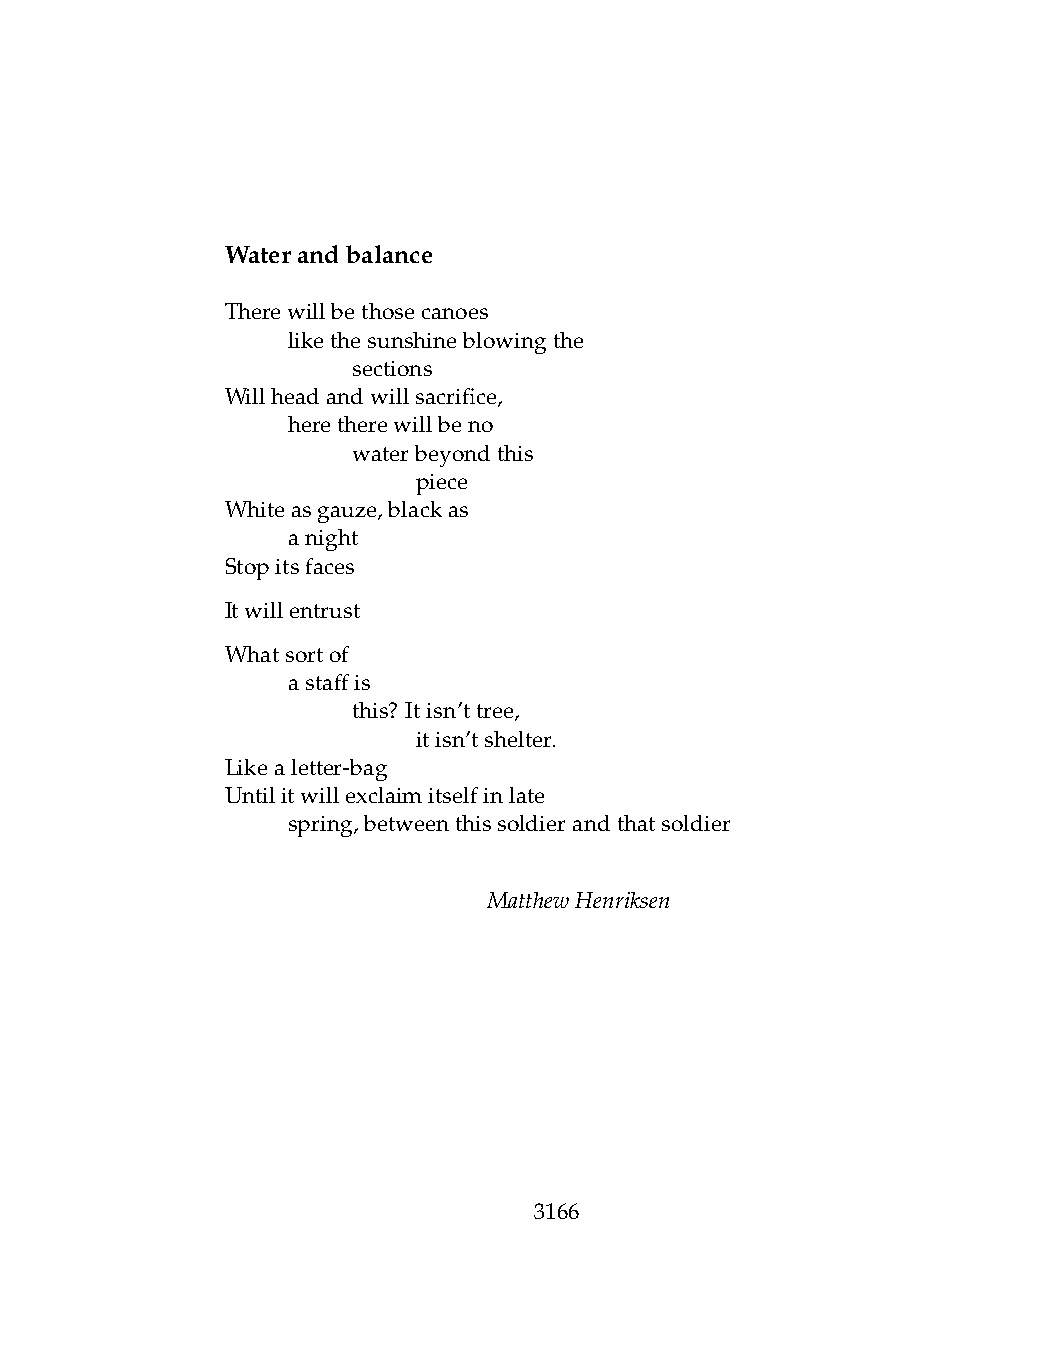
Waterandbalance
 Therewillbethosecanoes
 .   likethesunshineblowingthe
 .   .   sections
 Willheadandwillsacrifice,
 .   heretherewillbeno
 .   .   waterbeyondthis
 .   .   .    piece
 Whiteasgauze,blackas
 .   anight
 Stopitsfaces
 Itwillentrust
 Whatsortof
 .   astaffis
 .   .   this? Itisn’ttree,
 .   .   .    itisn’tshelter.
 Likealetter-bag
 Untilitwillexclaimitselfinlate
 .   spring,betweenthissoldierandthatsoldier
 MatthewHenriksen
 3166